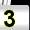
Digit: 3